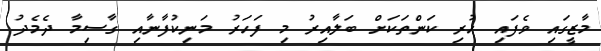
މާޒީގައި ވެފައި ހުރި ކަންތަކަށް ބަލާއިރު މި ފަހަރު މަނިކުފާނާއި ގާސިމާ ދެމެދު